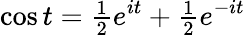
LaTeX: \cos t={\begin{array}{l}{{\frac{1}{2}}}\end{array}}e^{it}+{\begin{array}{l}{{\frac{1}{2}}}\end{array}}e^{-it}